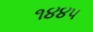
૧૪૪૫